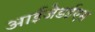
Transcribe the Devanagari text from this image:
आईजेडईएस